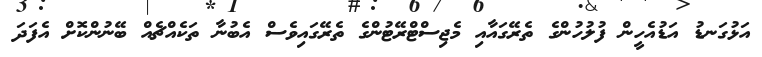
އަޅުގަނޑު އަޑުއެހީން ފުލުހުންގެ ތެރޭގައާއި މެޖިސްޓްރޭޓުންގެ ތެރޭގައިވެސް އެބުނާ ތަކެއްޗެއް ބޭނުންކޮށް އެފަދަ